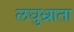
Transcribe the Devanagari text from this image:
लघुभ्राता